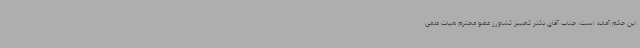
این حکم آماده است: جناب آقای دکتر کامبیز کشاورز عضو محترم هیات علمی